Bréfritari: Jakobína Jónsdóttir
Viðtakandi: Sólveig Jónsdóttir
Dagsetning: A-1869-06-19
Skrifað á: Hólmum  S-Múl.
systir bréfviðtakanda

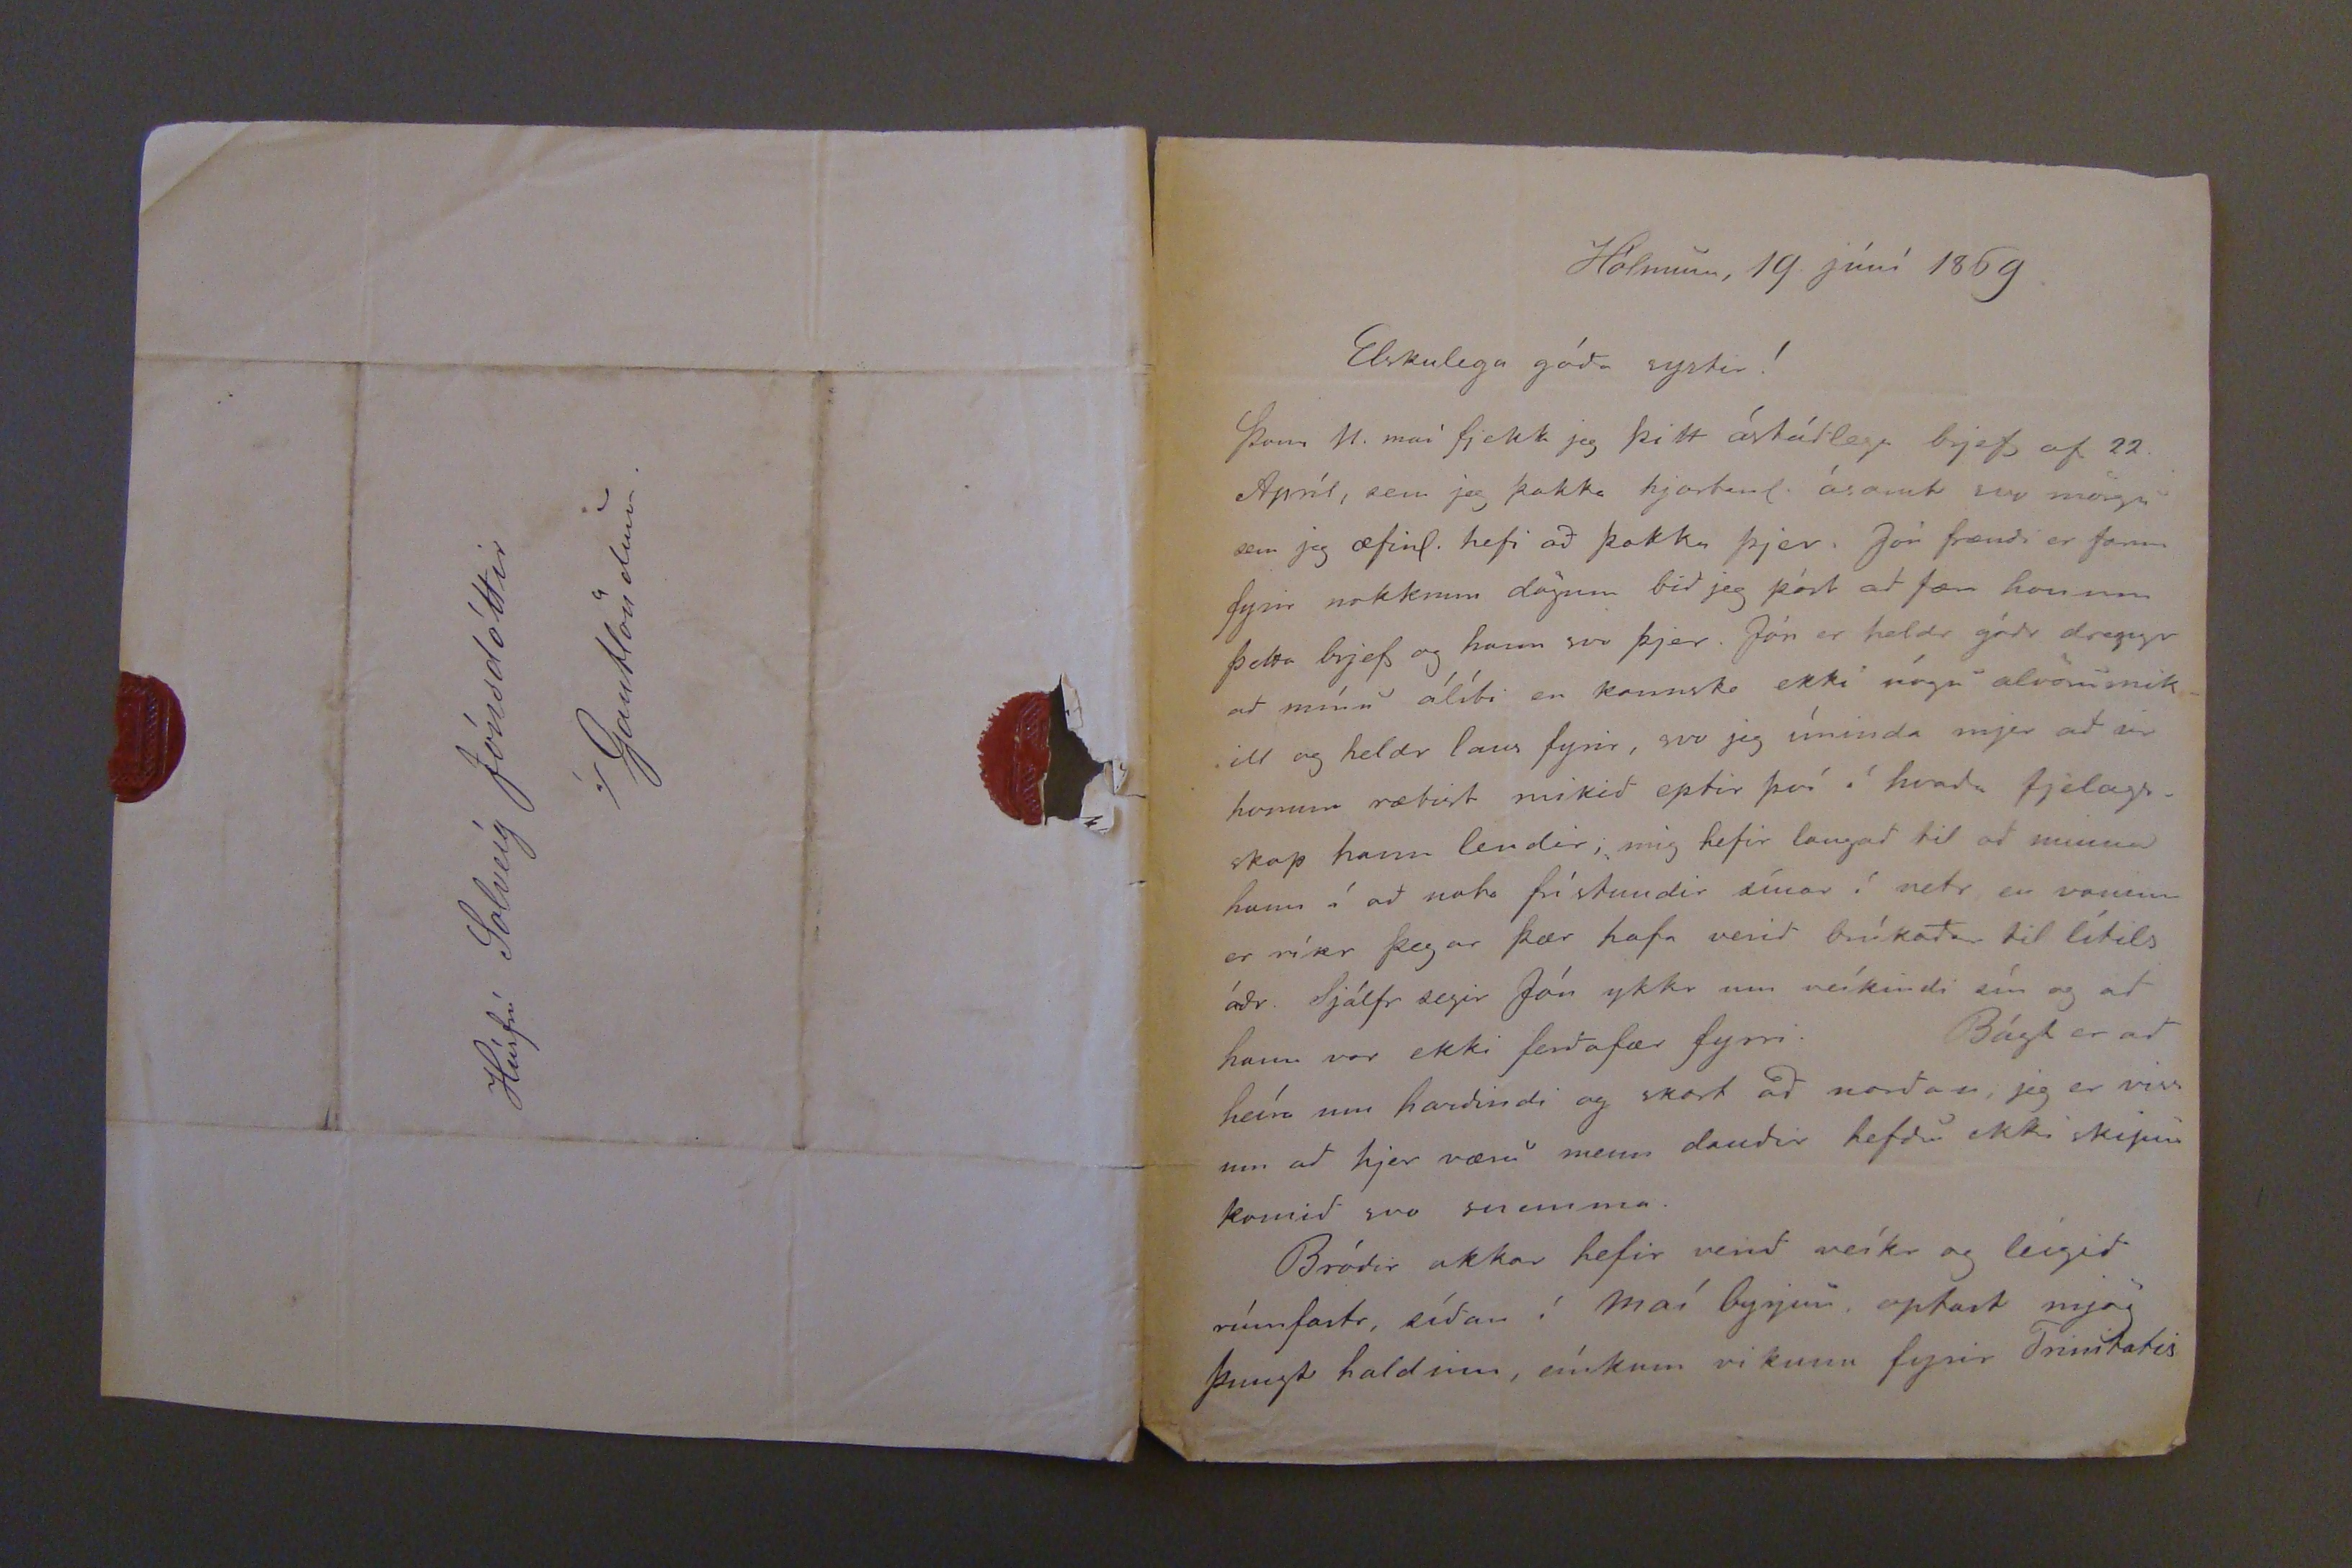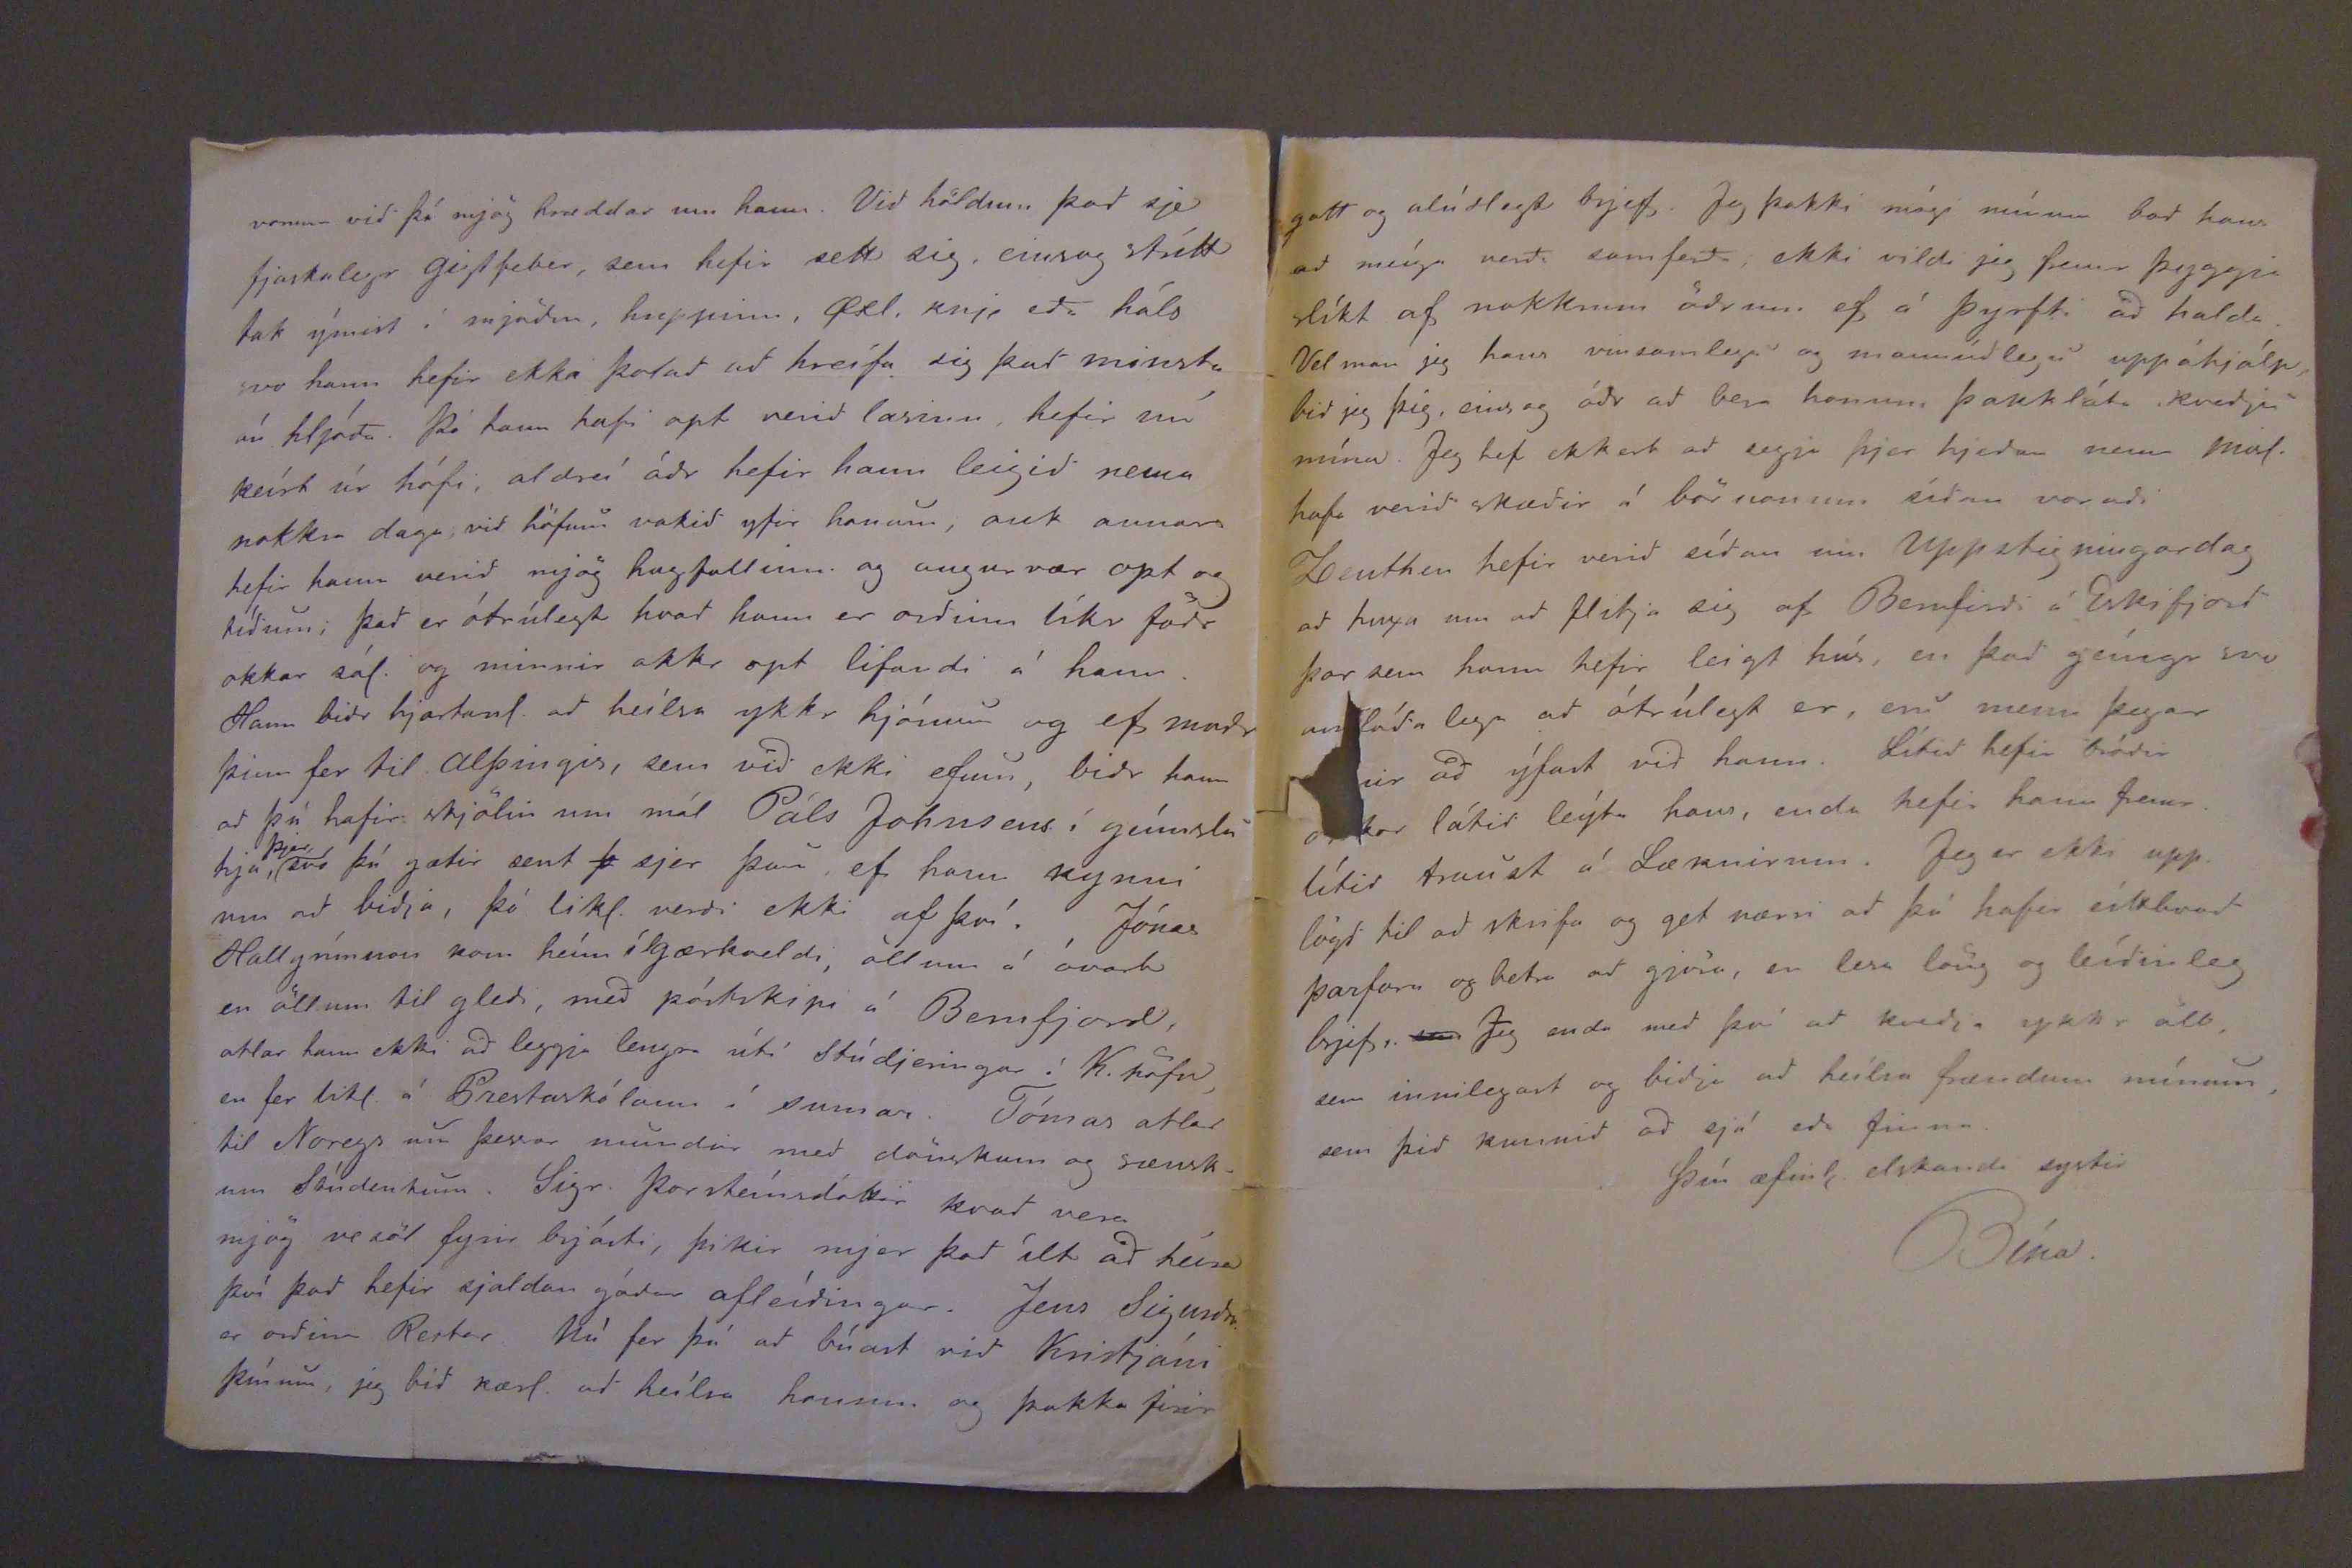

Hólmum, 19. júní 1869.
Elskulega góda systir!
Þann 11. maí fjekk jeg þitt ástúdlega brjef af 22. Apríl, sem jeg þakka þjer. Jón frændi er farinn fyrir nokkrum dögum bid jeg póst ad færa honum þetta brjef og hann svo þjer. ón er heldr gódr drengr ad mínu álíti en kannske ekki nógu alvöru mikill og heldr laus fyrir, svo jeg síninda mjer ad
so
honum rætist mikid eptir því í hvada fjelagsskap hann lendir; mig hefir langad til ad minna á ad nota frístundir sínar í vetr en vaninn er ríkr þegar þær hafa verid brúskadar til lítils ádr Sjálfr segir Jón ykkr um veíkindi sín og ad hann var ekki ferdafær fyrri. Bágt er ad heíra um hardindi og skort ad nordan, jeg er viss um ad hjer væru menn daudir hefdu ekki skipin komid svo snemma.
Bródir okkar hefir verid veíkr og leígid rúmfastr, sídan í maí byrjun, optast mjög þungt haldinn, eínkum vikuna fyrir Trímtatis
vorum vid þá mjög hræddar um hann. Vid höldum þad sje fjaskalegr gigtfibir, sem hefir sett sig, einsog strítt tak ýmist í mjödm, huppinn,
gkl.
knjer eda háls svo hann hefir ekki þolad ad hreífa sig þad minsta án hljóda. Þó hann hafi opt verid lasinn, hefir nú keírt úr hófi, aldreí ádr hefir hann leigid nema nokkra daga vid hfum vakid yfir honum, auk annars hefir hann verid mjög hugfallinn og augun vær opt og tídum; þad er ótrúlegt hvad hann er ordinn líkr födr okkar sál. og minnir okkr opt lifandi á hann. Hann bidr hjartanl. ad heílsa ykkr hjónum og ef madr þinn fer til Alþingis, sem vid ekki efum, bidr hann ad þú hafir skjölin um mál Páls Johnsens í geímslu hjá
þjer
svo þú gætir sent
þ
sjer þau, ef hann kynni um ad bidja, þó likl. verdi ekki af því. Jónas Hallgrímsson kom heím í gærkveld, öllum á óvart en öllum til gledi, med póstskipi á Berufjord, ætlar hann ekki ad leggja lengra útí stúdjeringar í K.höfn, en fer likl á Prestaskólann í sumar. Tómas ætlar til Noregs um þessar mundir med dönskum og sænskum Sóndentum. Sigr. Þorsteínsdóttir kvad vera mjög vesöl fyrri brjóssti, þikir mjer þad ílt ad heíra því þad hefir sjaldan gódar afleídingar. Jens Sigurds. er ordinn Rector. Nú fer þú ad búast vid Kristjáni þínum, jeg bid kærl ad heílsa honum og þakka þær
Húsfrú Solveíg Jónsdóttir
í/Gautlöndum.
gott og alúdlegt brjef. Jeg þakki mági mínum bad hann ad meíga verda samferds ekki vildi jeg fremr þyggja slíkt af nokkrum ödrum ef á þyrfti ad halda. Vel man jeg hans vinsamlegu og mannúdlegu uppáhjálp bid jeg þig, eins og ádr ad bera honum þakkláta kvedju mína. Jeg hef ekkert ad segja þjér hjedan nema Mal. hafa verid skædir á börnonu sídan voradi. Loenthen hefir verid sídan um Uppstigningardag ad huxa um ad flitja sig af Berufirdi á Eskifjörd þar sem hann hefir leigt hús, en þad geíngr svo an
lída lega ad ótrúlegt er, eru menn þegar
nir ad ýfast vid hann. Lítid hefir bródir okkar látid leýta hans, enda hefir hann fremr lítid traust á Lækninum. Jeg er ekki upp lögd til ad skrifa og get nærri ad þú hafir eitthvad þarfara og betra ad gjöra, en lesa löng og leídinleg brjef.
um
Jeg enda med því ad kvedja ykkr alt, sem innilegast og bidja ad heílsa frændum mínum, sem þid kunnid ad sjá eda finna.
Þín æfinl. elskandi systir
Bína.